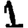
Digit: 1